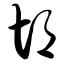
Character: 胡